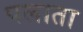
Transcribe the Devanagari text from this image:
पलाता